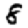
Digit: 8